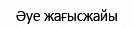
Әуе жағысжайы